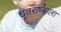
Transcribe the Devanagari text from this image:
धृतराष्त्राला